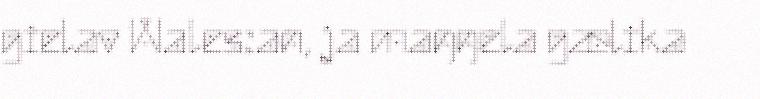
gielav Wales:an, ja maŋŋela gælika